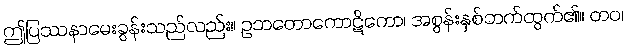
ဤပြဿနာမေးခွန်းသည်လည်း။ ဥဘတောကောဋိကော၊ အစွန်းနှစ်ဘက်ထွက်၏။ တဝ၊